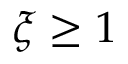
\xi \ge 1